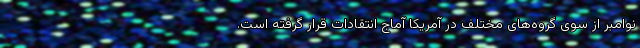
نوامبر از سوی گروه‌های مختلف در آمریکا آماج انتقادات قرار گرفته است.